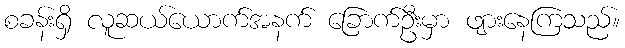
စခန်းရှိ လူဆယ်ယောက်အနက် ခြောက်ဦးမှာ ဖျားနေကြသည်။